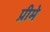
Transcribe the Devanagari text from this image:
प्रीमे